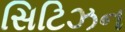
સિટિઝન